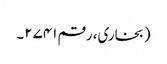
(بخاری، رقم ۲۷۴۱۔